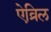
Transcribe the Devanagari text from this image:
ऐव्रिल